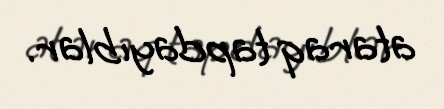
ataraq tapdayıblar.